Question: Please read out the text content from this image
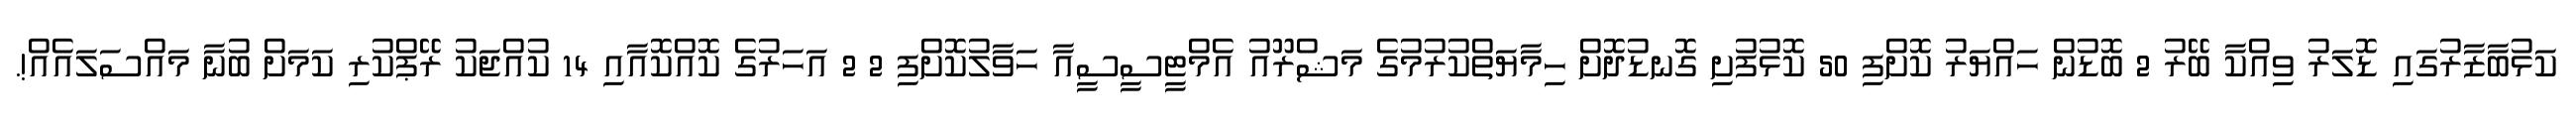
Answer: ކަޅުބާޒާރުގައި ޑޮލަރު ވިއްކާ ބޭރު 2 ބޮޑުން ހައްޔަރު ކޮށްފި 50 ކޮޅުފުށި ގޮނޑުދޮށް ހިމާޔަތްކުރުމުގެ މަޝްރޫއު އެމްޓީސީސީއާ ހަވާލުކޮށްފި 2 2 އަހަރުގެ ކޮއްކޮއާއި 14 ކުއްޖަކު ރޭޕްކުރި ކަމަށް ބުނާ މައްސަލައެއް!.